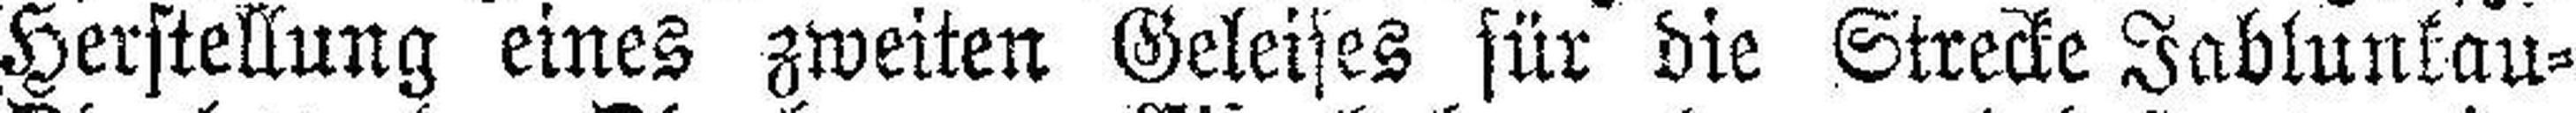
Herstellung eines zweiten Geleises für die Strecke Jablunkau¬